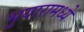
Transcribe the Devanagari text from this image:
भुयारामध्ये